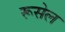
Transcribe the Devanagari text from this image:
रूसेल